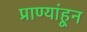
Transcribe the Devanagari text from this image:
प्राण्यांहून